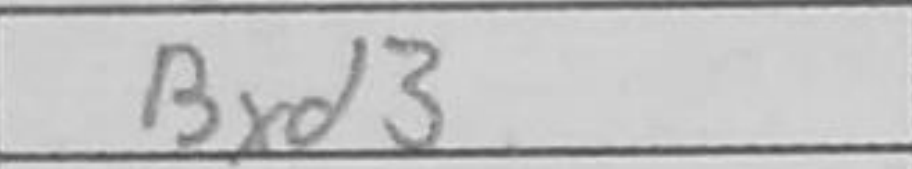
Transcription: Bxd3